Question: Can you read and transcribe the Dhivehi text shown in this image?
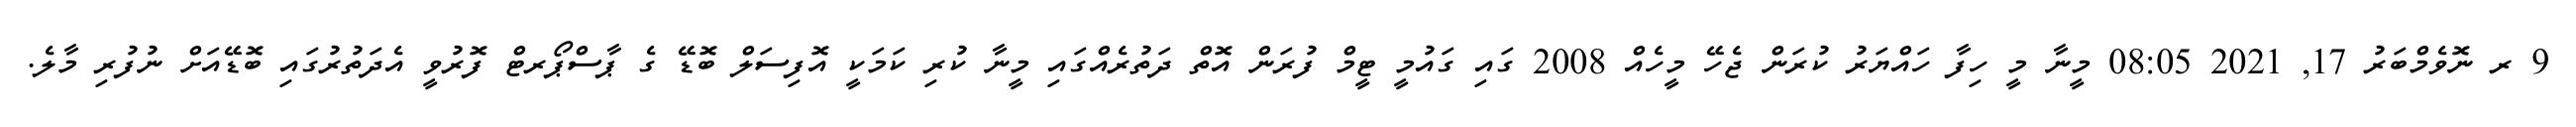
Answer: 9 ރ ނޮވެމްބަރު 17, 2021 08:05 މީނާ މީ ހިފާ ހައްޔަރު ކުރަން ޖެހޭ މީހެއް 2008 ގައި ގައުމީ ޓީމް ފުރަން އޮތް ދަތުރެއްގައި މީނާ ކުރި ކަމަކީ އޮފިސަލް ބޮޑޭ ގެ ޕާސްޕޯރޓް ފޮރުވީ އެދަތުރުގައި ބޮޑޭއަށް ނުފުރި މާލެ.